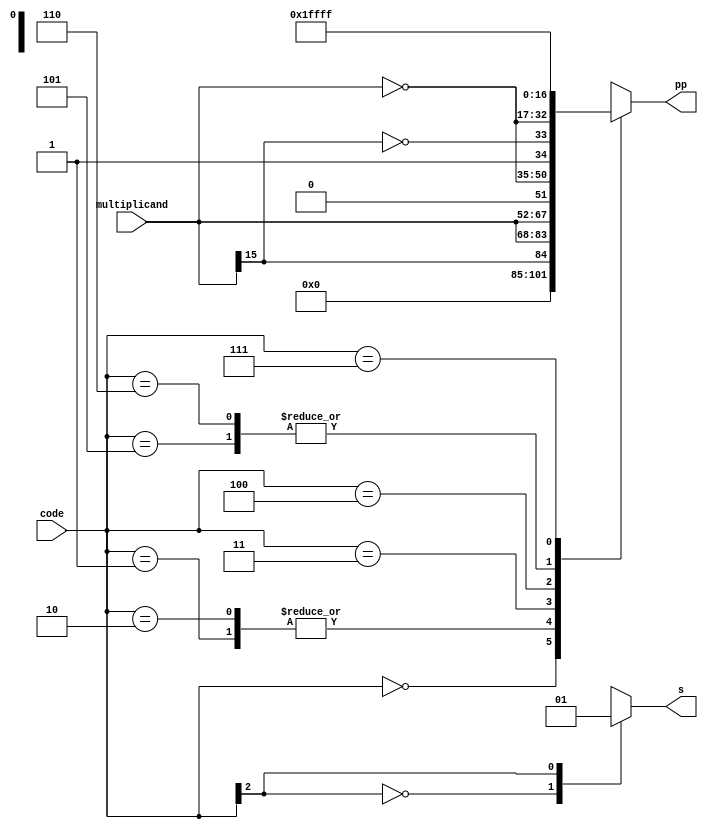
`timescale 1ns / 1ps
//////////////////////////////////////////////////////////////////////////////////
// Company: 
// Engineer: 
// 
// Design Name: 
// Module Name: booth_recoder
// Project Name: 
// Target Devices: 
// Tool Versions: 
// Description: 
// 
// Dependencies: 
// 
// Revision:
// Revision 0.01 - File Created
// Additional Comments:
// 
//////////////////////////////////////////////////////////////////////////////////


module booth_recoder(
     multiplicand,
     code,       
     pp,          
     s           
     );

parameter BITWIDTH = 16;

input  [BITWIDTH-1:0] multiplicand;
input  [2:0] code;

output [BITWIDTH:0] pp;
output s;

reg    [BITWIDTH:0] pp;
reg   s;

always @ (multiplicand or code)
  case(code) 
  3'b000:pp = {(BITWIDTH+1){1'b0}};//+0
  3'b001:pp = {multiplicand[15],multiplicand}; //+M
  3'b010:pp = {multiplicand[15],multiplicand}; //+M
  3'b011:pp = {multiplicand,1'b0}; //+2M
  3'b100:pp = {~multiplicand,1'b1};//-2M
  3'b101:pp = {~multiplicand[15],(~multiplicand)};//-M
  3'b110:pp = {~multiplicand[15],(~multiplicand)};//-M
  3'b111:pp = {(BITWIDTH+1){1'b1}};//-0 
  endcase
  
always @ (multiplicand or code)
  case(code[2]) 
  1'b0:s = 1'b0;//+0,+M,+2M
  1'b1:s = 1'b1;//-2M,-M,-0
  endcase

endmodule